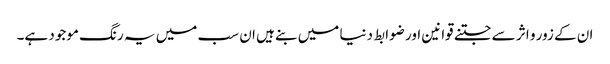
ان کے زور و اثر سے جتنے قوانین اور ضوابط دنیا میں بنے ہیں ان سب میں یہ رنگ موجود ہے۔